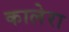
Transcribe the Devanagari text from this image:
कालेरा